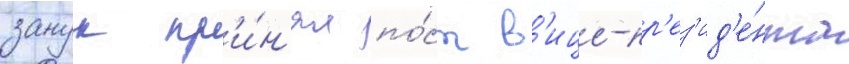
занук пр'и́н'ял по́ст в'ице-пр'ез'ид'е́нта